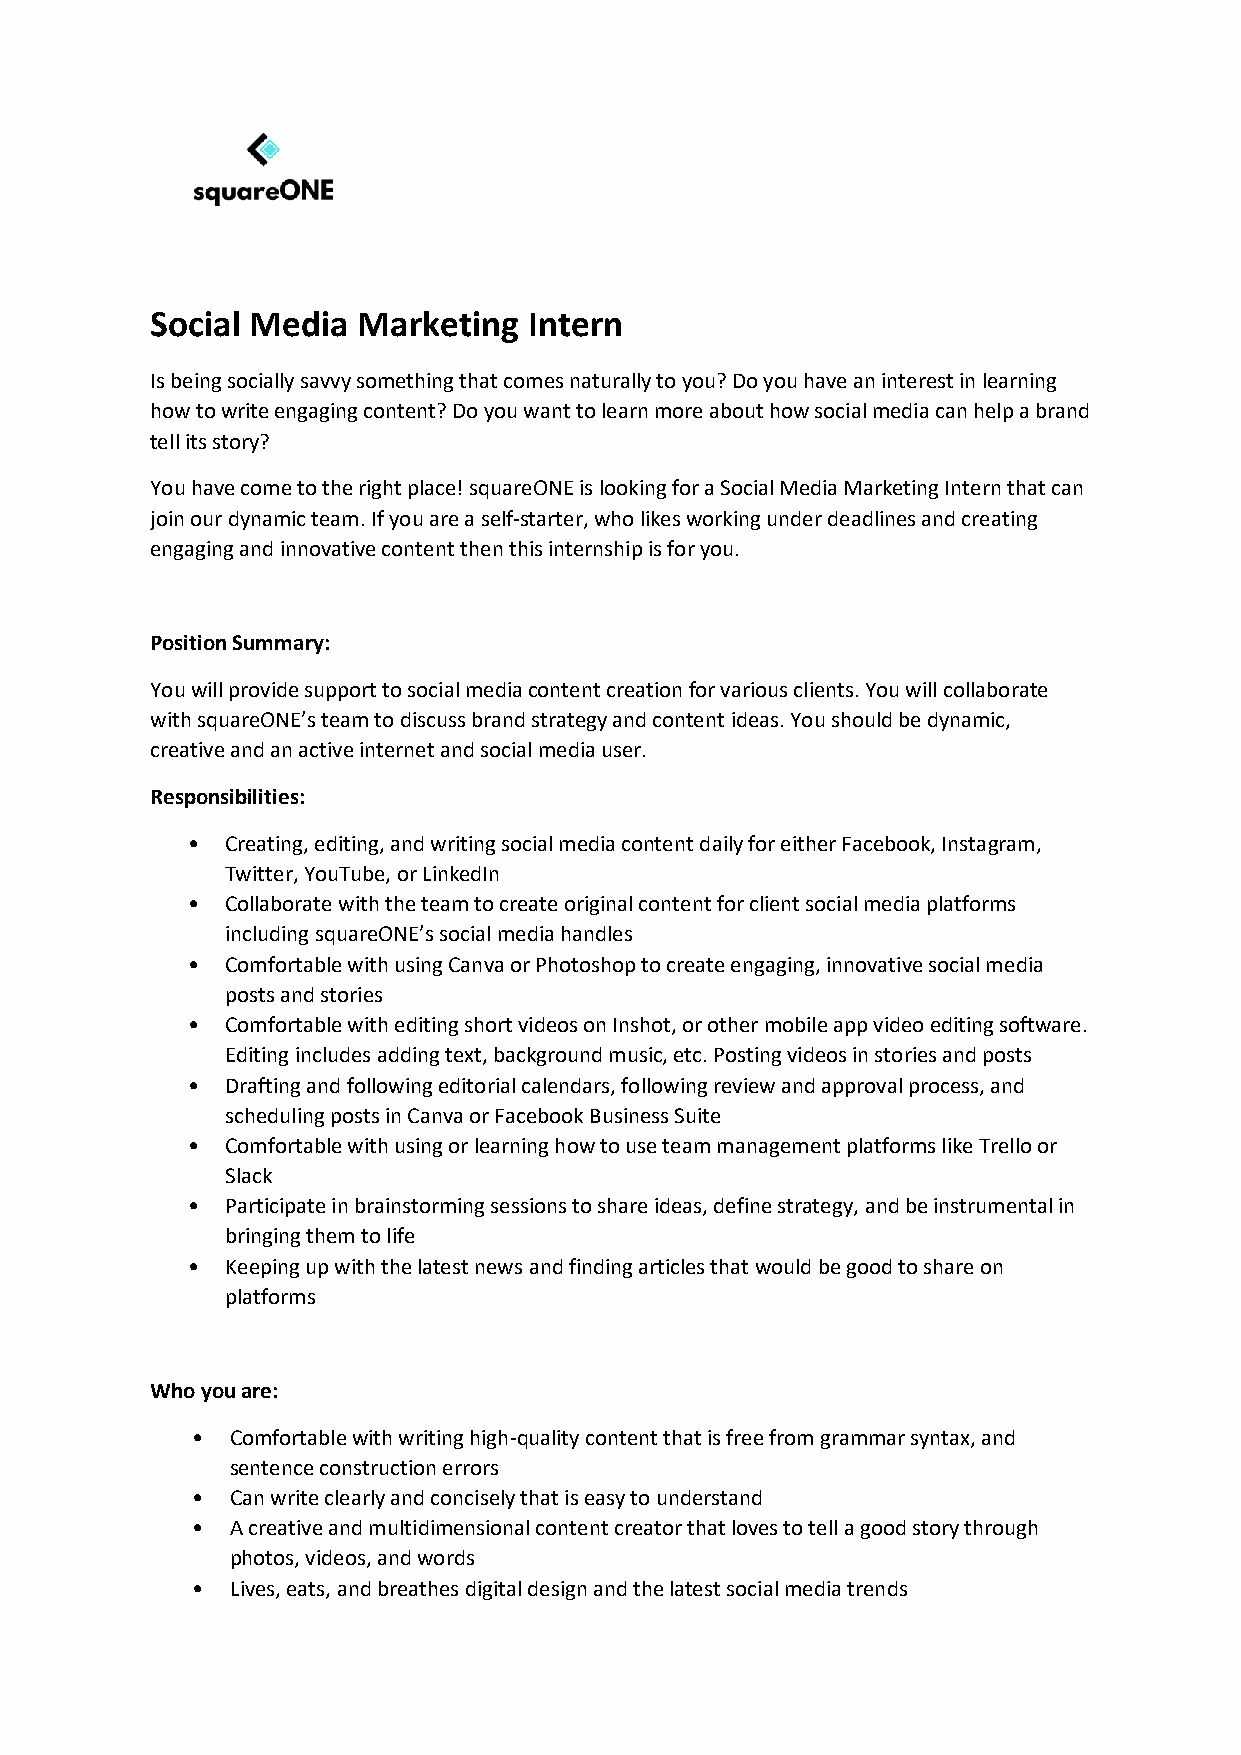
Social Media  Marketing  Intern
 Is being socially savvy something that comes naturally to you? Do you have an interest in learning
 how to write engaging content? Do you want to learn more about how social media can help a brand
 tell its story?
 You have come to the right place! squareONE is looking for a Social Media Marketing Intern that can
 join our dynamic team. If you are a self-starter, who likes working under deadlines and creating
 engaging and innovative content then this internship is for you.
 Position Summary:
 You will provide support to social media content creation for various clients. You will collaborate
 with squareONE’s team to discuss brand strategy and content ideas. You should be dynamic,
 creative and an active internet and social media user.
 Responsibilities:
 •  Creating, editing, and writing social media content daily for either Facebook, Instagram,
 Twitter, YouTube, or LinkedIn
 •  Collaborate with the team to create original content for client social media platforms
 including squareONE’s social media handles
 •  Comfortable with using Canva or Photoshop to create engaging, innovative social media
 posts and stories
 •  Comfortable with editing short videos on Inshot, or other mobile app video editing software.
 Editing includes adding text, background music, etc. Posting videos in stories and posts
 •  Drafting and following editorial calendars, following review and approval process, and
 scheduling posts in Canva or Facebook Business Suite
 •  Comfortable with using or learning how to use team management platforms like Trello or
 Slack
 •  Participate in brainstorming sessions to share ideas, define strategy, and be instrumental in
 bringing them to life
 •  Keeping up with the latest news and finding articles that would be good to share on
 platforms
 Who you are:
 • Comfortable with writing high-quality content that is free from grammar syntax, and
 sentence construction errors
 • Can write clearly and concisely that is easy to understand
 • A creative and multidimensional content creator that loves to tell a good story through
 photos, videos, and words
 • Lives, eats, and breathes digital design and the latest social media trends